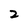
Character: 2